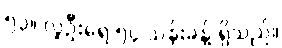
၅၃။ လူဦးရေ ၅၄ သန်းခန့် ရှိသည်။